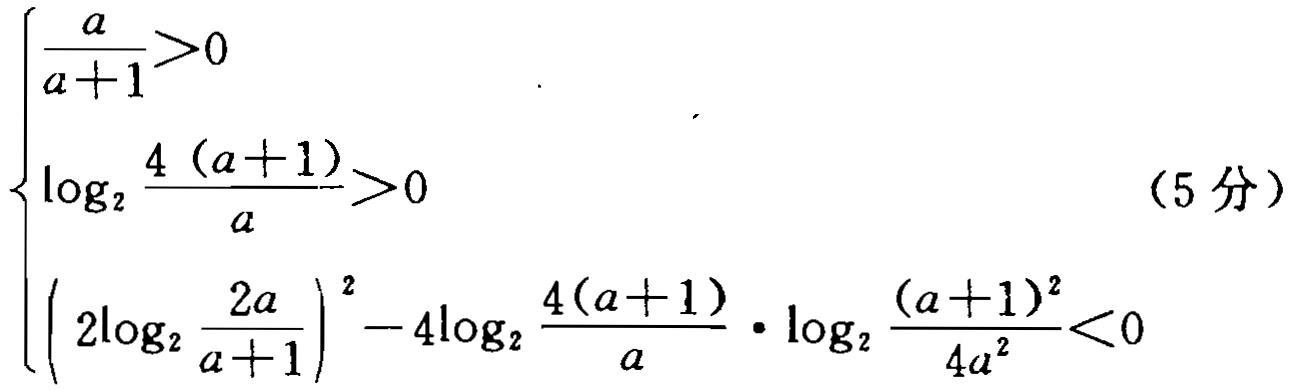
\[\begin{cases}
\frac{a}{a + 1}>0 \\
\log_{2}\frac{4(a + 1)}{a}>0 \\
\left(2\log_{2}\frac{2a}{a + 1}\right)^{2}-4\log_{2}\frac{4(a + 1)}{a}\cdot\log_{2}\frac{(a + 1)^{2}}{4a^{2}}<0
\end{cases}\]